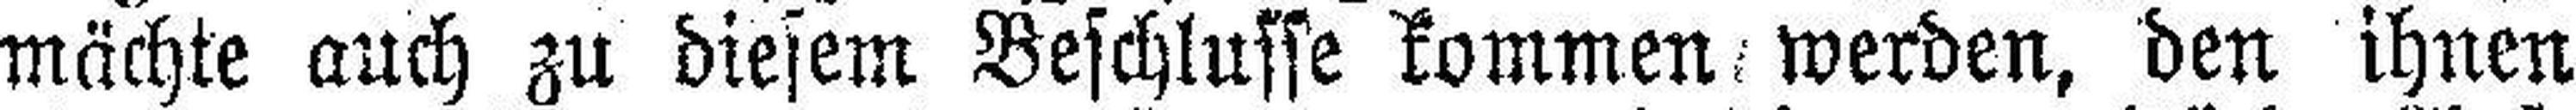
mächte auch zu diesem Beschlüsse kommen werden, den ihnen